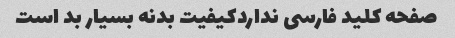
صفحه کلید فارسی نداردکیفیت بدنه بسیار بد است